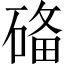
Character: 𥓶